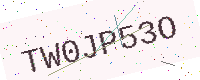
Text: TW0JP53O